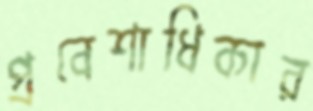
প্রবেশাধিকার